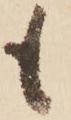
も